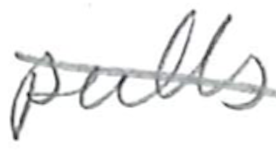
Text: pulls
Cross-out: diagonal
Writing tool: pencil